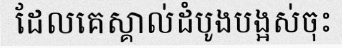
ដែលគេស្គាល់ដំបូងបង្អស់ចុះ